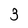
Character: 3